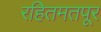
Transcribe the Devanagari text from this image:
रहितमतपूर